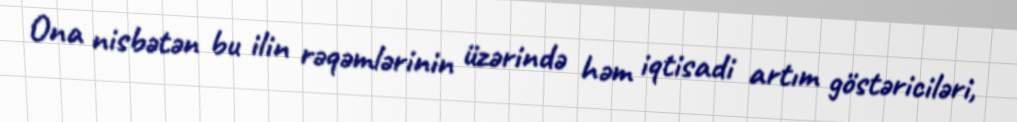
Ona nisbətən bu ilin rəqəmlərinin üzərində həm iqtisadi artım göstəriciləri,